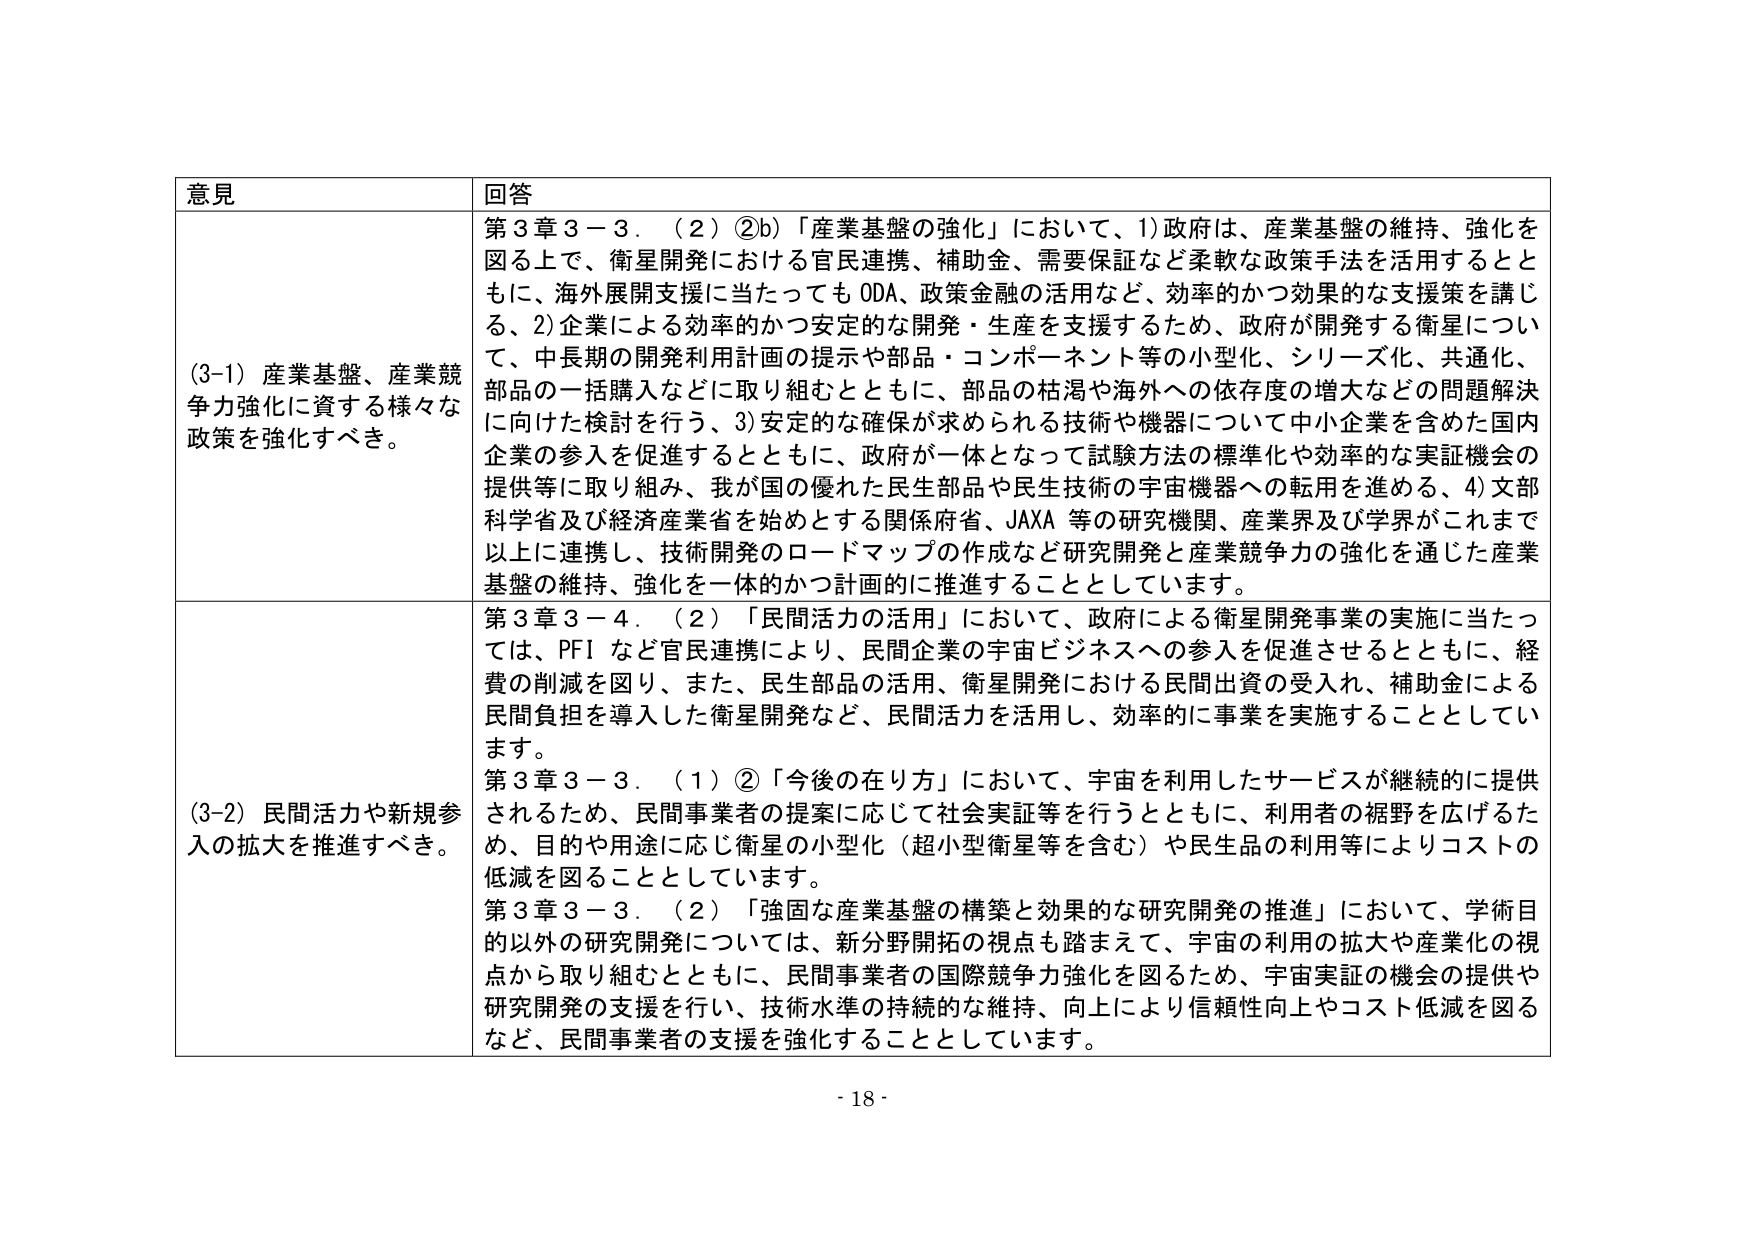
意見 回答
(3-1) 産業基盤、産業競争力強化に資する様々な政策を強化すべき。
第3章3－3．（2）②b）「産業基盤の強化」において、1)政府は、産業基盤の維持、強化を図る上で、衛星開発における官民連携、補助金、需要保証など柔軟な政策手法を活用するとともに、海外展開支援に当たってもODA、政策金融の活用など、効率的かつ効果的な支援策を講じる、2)企業による効率的かつ安定的な開発・生産を支援するため、政府が開発する衛星について、中長期の開発利用計画の提示や部品・コンポーネント等の小型化、シリーズ化、共通化、部品の一括購入などに取り組むとともに、部品の枯渇や海外への依存度の増大などの問題解決に向けた検討を行う、3)安定的な確保が求められる技術や機器について中小企業を含めた国内企業の参入を促進するとともに、政府が一体となって試験方法の標準化や効率的な実証機会の提供等に取り組み、我が国の優れた民生部品や民生技術の宇宙機器への転用を進める、4)文部科学省及び経済産業省を始めとする関係府省、JAXA等の研究機関、産業界及び学界がこれまで以上に連携し、技術開発のロードマップの作成など研究開発と産業競争力の強化を通じた産業基盤の維持、強化を一体的かつ計画的に推進することとしています。
(3-2) 民間活力や新規参入の拡大を推進すべき。
第3章3－4．（2）「民間活力の活用」において、政府による衛星開発事業の実施に当たっては、PFIなど官民連携により、民間企業の宇宙ビジネスへの参入を促進させるとともに、経費の削減を図り、また、民生部品の活用、衛星開発における民間出資の受入れ、補助金による民間負担を導入した衛星開発など、民間活力を活用し、効率的に事業を実施することとしています。
第3章3－3．（1）②「今後の在り方」において、宇宙を利用したサービスが継続的に提供されるため、民間事業者の提案に応じて社会実証等を行うとともに、利用者の裾野を広げるため、目的や用途に応じ衛星の小型化（超小型衛星等を含む）や民生品の利用等によりコストの低減を図ることとしています。
第3章3－3．（2）「強固な産業基盤の構築と効果的な研究開発の推進」において、学術目的以外の研究開発については、新分野開拓の視点も踏まえて、宇宙の利用の拡大や産業化の視点から取り組むとともに、民間事業者の国際競争力強化を図るため、宇宙実証の機会の提供や研究開発の支援を行い、技術水準の持続的な維持、向上により信頼性向上やコスト低減を図るなど、民間事業者の支援を強化することとしています。
- 18 -